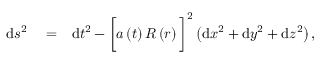
\begin{array} { r l r } { \mathrm { d } s ^ { 2 } } & { { } = } & { \mathrm { d } t ^ { 2 } - \bigg [ a \left( t \right) R \left( r \right) \bigg ] ^ { 2 } \left( \mathrm { d } x ^ { 2 } + \mathrm { d } y ^ { 2 } + \mathrm { d } z ^ { 2 } \right) , } \end{array}